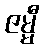
ဇမ္မီ